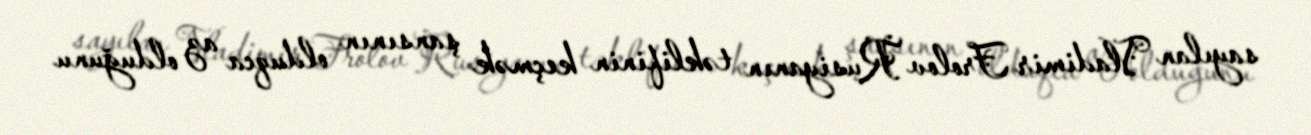
sayılan Vladimir Frolov Rusiyanın təklifinin keçmək şansının olduqca az olduğunu